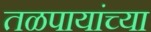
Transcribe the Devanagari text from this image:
तळपायांच्या